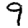
Digit: 9